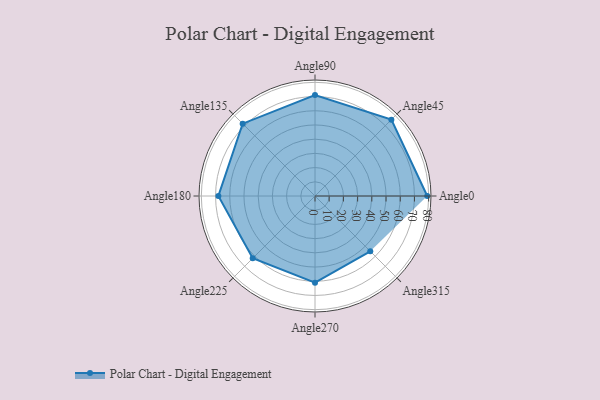
{"axis": {"x": "Angle", "y": "Radius"}, "legend": [""], "data": [{"x": "Angle0", "y": 79.0, "type": ""}, {"x": "Angle45", "y": 76.0, "type": ""}, {"x": "Angle90", "y": 71.0, "type": ""}, {"x": "Angle135", "y": 72.0, "type": ""}, {"x": "Angle180", "y": 68.0, "type": ""}, {"x": "Angle225", "y": 62.0, "type": ""}, {"x": "Angle270", "y": 61.0, "type": ""}, {"x": "Angle315", "y": 55.0, "type": ""}]}